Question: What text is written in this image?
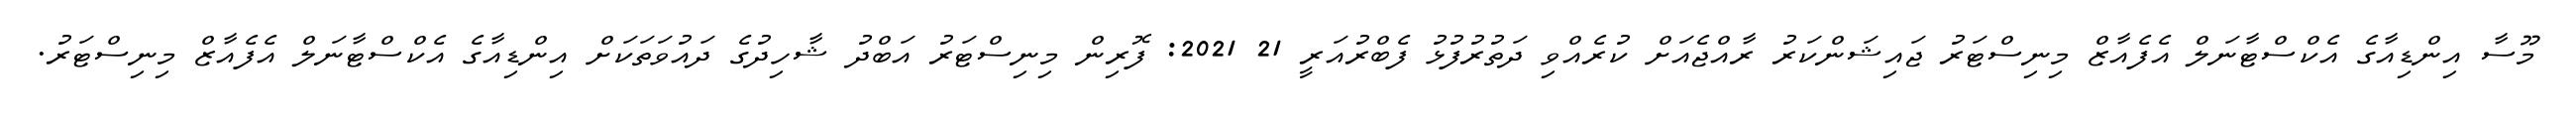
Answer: މޫސާ އިންޑިއާގެ އެކްސްޓާނަލް އެފެއާޒް މިނިސްޓަރު ޖައިޝަންކަރު ރާއްޖެއަށް ކުރެއްވި ދަތުރުފުޅު ފެބްރުއަރީ 21 2021: ފޮރިން މިނިސްޓަރު އަބްދު ޝާހިދުގެ ދައުވަތަކަށް އިންޑިއާގެ އެކްސްޓާނަލް އެފެއާޒް މިނިސްޓަރު.